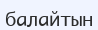
балайтын